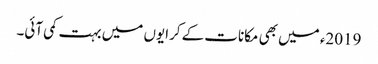
2019ء میں بھی مکانات کے کرایوں میں بہت کمی آئی۔